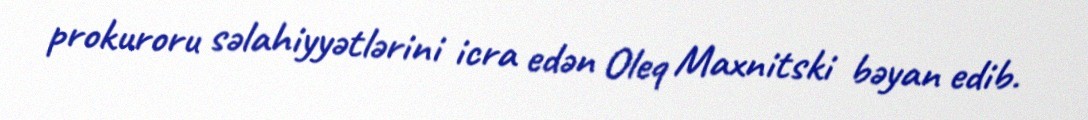
prokuroru səlahiyyətlərini icra edən Oleq Maxnitski bəyan edib.